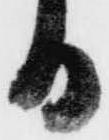
る